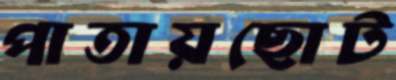
পাতায়ছোট